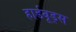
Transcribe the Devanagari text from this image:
हार्डवूड्स